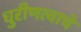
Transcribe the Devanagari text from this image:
धुरीणत्वाचे